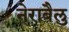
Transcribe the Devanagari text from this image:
नेराबैलु